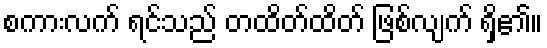
စကားလက် ရင်သည် တထိတ်ထိတ် ဖြစ်လျက် ရှိ၏။